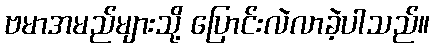
ဗမာအမည်များသို့ ပြောင်းလဲလာခဲ့ပါသည်။